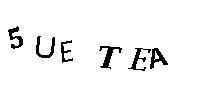
5UETEA